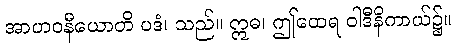
အာဟဝနီယောတိ ပဒံ၊ သည်။ ဣဓ၊ ဤထေရ ဝါဒီနိကာယ်၌။